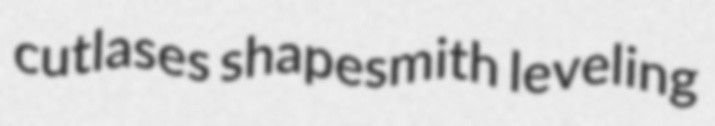
cutlases shapesmith leveling